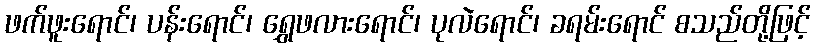
ဖက်ဖူးရောင်၊ ပန်းရောင်၊ ရွှေဖလားရောင်၊ ပုလဲရောင်၊ ခရမ်းရောင် စသည်တို့ဖြင့်